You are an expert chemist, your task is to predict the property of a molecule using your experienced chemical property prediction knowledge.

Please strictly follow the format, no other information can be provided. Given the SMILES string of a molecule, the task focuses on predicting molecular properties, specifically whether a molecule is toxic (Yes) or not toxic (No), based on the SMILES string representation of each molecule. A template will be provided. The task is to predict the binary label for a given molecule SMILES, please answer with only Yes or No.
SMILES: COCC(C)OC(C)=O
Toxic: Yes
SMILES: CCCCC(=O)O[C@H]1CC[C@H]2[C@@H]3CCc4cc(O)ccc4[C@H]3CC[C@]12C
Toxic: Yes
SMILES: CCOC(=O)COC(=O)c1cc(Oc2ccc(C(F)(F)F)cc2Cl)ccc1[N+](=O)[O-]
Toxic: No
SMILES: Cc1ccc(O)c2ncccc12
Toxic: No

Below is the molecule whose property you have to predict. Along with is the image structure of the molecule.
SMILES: CCN(Cc1ccncc1)C(=O)C(CO)c1ccccc1
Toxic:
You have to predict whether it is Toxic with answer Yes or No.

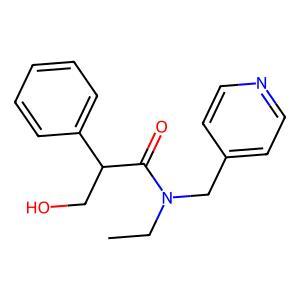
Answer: No